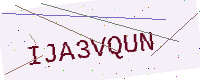
Text: IJA3VQUN